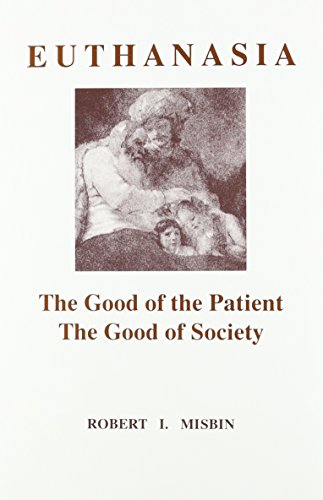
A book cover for Euthanasia: The Good of Patient, Good of Society; Robert Misbin; Medical Books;